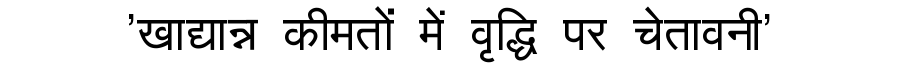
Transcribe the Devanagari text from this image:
'खाद्यान्न कीमतों में वृद्धि पर चेतावनी'